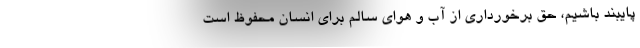
پایبند باشیم، حق برخورداری از آب و هوای سالم برای انسان محفوظ است